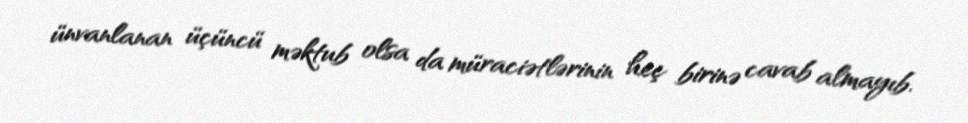
ünvanlanan üçüncü məktub olsa da müraciətlərinin heç birinə cavab almayıb.